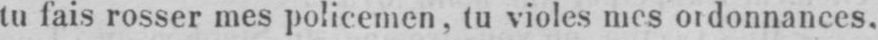
tu fais rosser mes policemen, tu violes mes ordonnances.